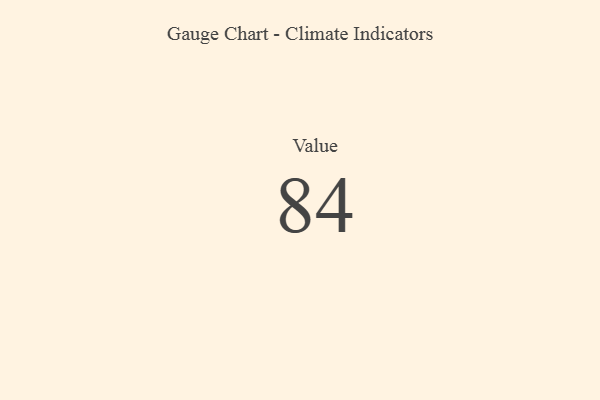
{"axis": {"x": "Metric", "y": "Value"}, "legend": [""], "data": [{"x": "Value", "y": 84, "type": ""}]}